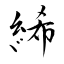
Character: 絺